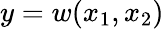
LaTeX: y=w(x_{1},x_{2})